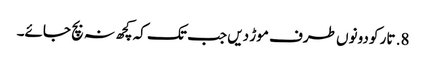
8. تار کو دونوں طرف موڑ دیں جب تک کہ کچھ نہ بچ جائے۔